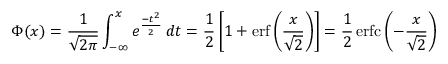
\Phi ( x ) = { \frac { 1 } { \sqrt { 2 \pi } } } \int _ { - \infty } ^ { x } e ^ { \frac { - t ^ { 2 } } { 2 } } \, d t = { \frac { 1 } { 2 } } \left[ 1 + \operatorname { e r f } \left( { \frac { x } { \sqrt { 2 } } } \right) \right] = { \frac { 1 } { 2 } } \operatorname { e r f c } \left( - { \frac { x } { \sqrt { 2 } } } \right)